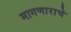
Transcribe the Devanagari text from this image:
मागणाराचे